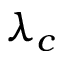
\lambda _ { c }